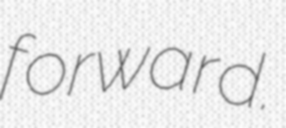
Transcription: forward.